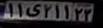
۱۱ی۲۱۱۲۲